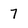
Character: 7